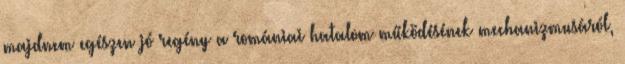
majdnem egészen jó regény a romániai hatalom működésének mechanizmusáról,